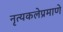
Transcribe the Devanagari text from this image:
नृत्यकलेप्रमाणे